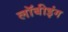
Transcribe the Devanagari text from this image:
लॉबीइंग